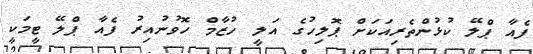
ފެއާ ޕްލޭ ކުޅުންތެރިއަކަށް ޕޮލިހުގެ އަލީ ހުޒާމް ހޮވުނުއިރު ފެއާ ޕްލޭ ޓީމަކީ